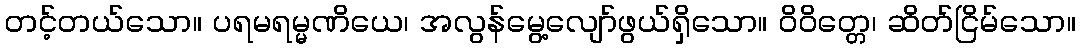
တင့်တယ်သော။ ပရမရမ္မဏိယေ၊ အလွန်မွေ့လျော်ဖွယ်ရှိသော။ ဝိဝိတ္တေ၊ ဆိတ်ငြိမ်သော။